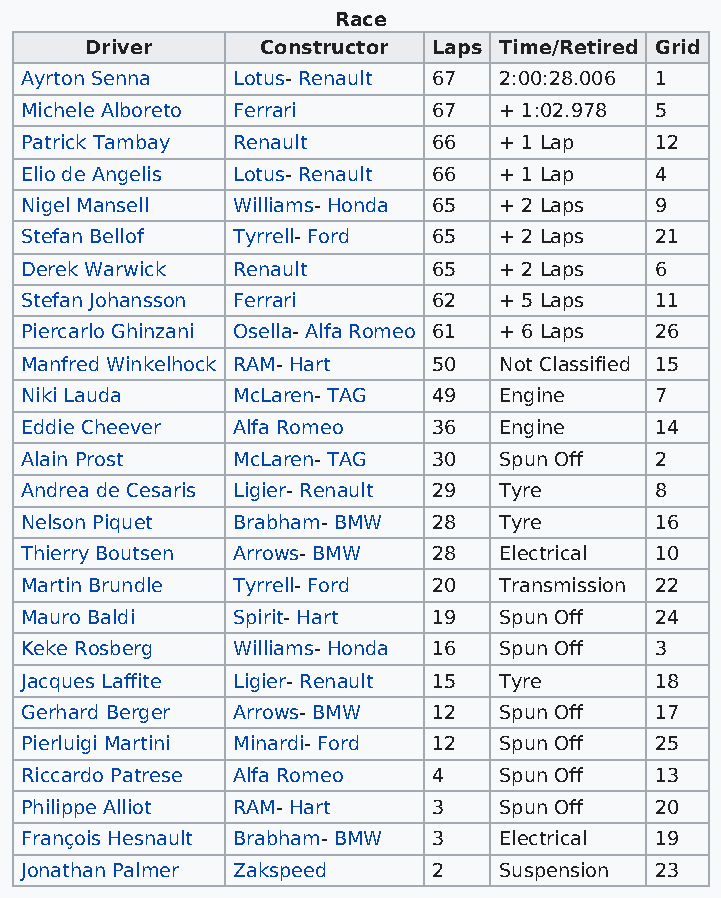
Race
 Driver     Constructor Laps Time/Retired Grid
 Ayrton Senna  Lotus- Renault 67 2:00:28.006 1
 Michele Alboreto Ferrari    67  + 1:02.978 5
 Patrick Tambay Renault      66  + 1 Lap   12
 Elio de Angelis Lotus- Renault 66 + 1 Lap 4
 Nigel Mansell Williams- Honda 65 + 2 Laps 9
 Stefan Bellof Tyrrell- Ford 65  + 2 Laps  21
 Derek Warwick Renault       65  + 2 Laps  6
 Stefan Johansson Ferrari    62  + 5 Laps  11
 Piercarlo Ghinzani Osella- Alfa Romeo 61 + 6 Laps 26
 Manfred Winkelhock RAM- Hart 50 Not Classified 15
 Niki Lauda    McLaren- TAG  49  Engine    7
 Eddie Cheever Alfa Romeo    36  Engine    14
 Alain Prost   McLaren- TAG  30  Spun Off  2
 Andrea de Cesaris Ligier- Renault 29 Tyre 8
 Nelson Piquet Brabham- BMW  28  Tyre      16
 Thierry Boutsen Arrows- BMW 28  Electrical 10
 Martin Brundle Tyrrell- Ford 20 Transmission 22
 Mauro Baldi   Spirit- Hart  19  Spun Off  24
 Keke Rosberg  Williams- Honda 16 Spun Off 3
 Jacques Laffite Ligier- Renault 15 Tyre   18
 Gerhard Berger Arrows- BMW  12  Spun Off  17
 Pierluigi Martini Minardi- Ford 12 Spun Off 25
 Riccardo Patrese Alfa Romeo 4   Spun Off  13
 Philippe Alliot RAM- Hart   3   Spun Off  20
 François Hesnault Brabham- BMW 3 Electrical 19
 Jonathan Palmer Zakspeed    2   Suspension 23